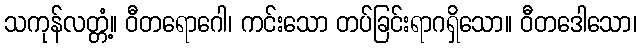
သကုန်လတ္တံ့။ ဝီတရောဂေါ၊ ကင်းသော တပ်ခြင်းရာဂရှိသော။ ဝီတဒေါသော၊